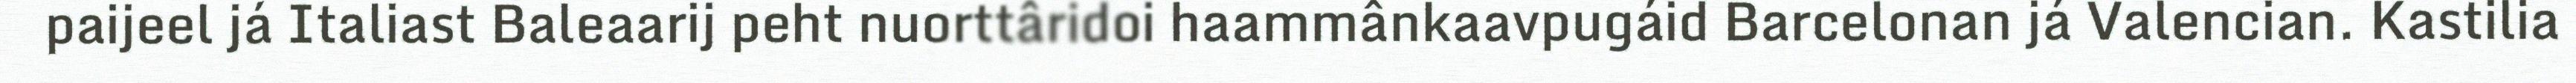
paijeel já Italiast Baleaarij peht nuorttâridoi haammânkaavpugáid Barcelonan já Valencian. Kastilia